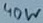
Text: 40W